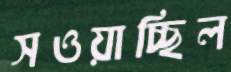
সওয়াচ্ছিল